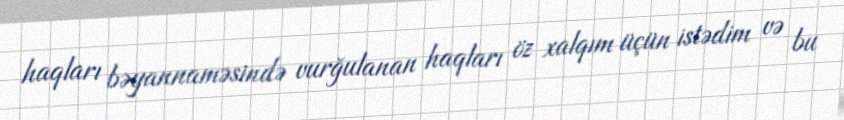
haqları bəyannaməsində vurğulanan haqları öz xalqım üçün istədim və bu